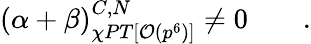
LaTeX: (\alpha+\beta)_{\chi PT[{\cal{O}}(p^{6})]}^{C,N}\neq 0\; \; \; \; \; \; \; .